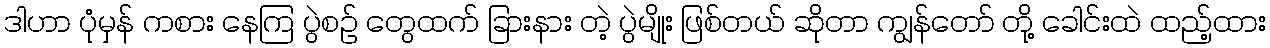
ဒါဟာ ပုံမှန် ကစား နေကြ ပွဲစဉ် တွေထက် ခြားနား တဲ့ ပွဲမျိုး ဖြစ်တယ် ဆိုတာ ကျွန်တော် တို့ ခေါင်းထဲ ထည့်ထား